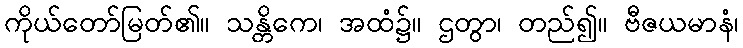
ကိုယ်တော်မြတ်၏။ သန္တိကေ၊ အထံ၌။ ဌတွာ၊ တည်၍။ ဗီဇယမာနံ၊